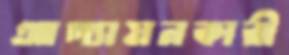
আপ্যায়নকারী